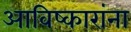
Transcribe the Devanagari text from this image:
आविष्कारांना